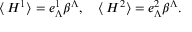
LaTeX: \langle \, H ^ { 1 } \rangle = e _ { \Lambda } ^ { 1 } \beta ^ { \Lambda } , \quad \langle \, H ^ { 2 } \rangle = e _ { \Lambda } ^ { 2 } \beta ^ { \Lambda } .